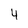
Character: 4